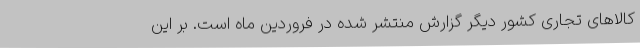
کالاهای تجاری کشور دیگر گزارش منتشر شده در فروردین ماه است. بر این